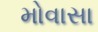
મોવાસા